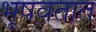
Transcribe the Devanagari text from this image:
भूषवतात